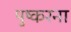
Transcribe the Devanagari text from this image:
पुष्करना